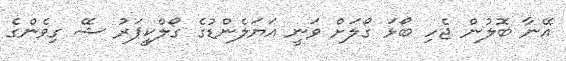
އޭނާ ބޮލުން ޖެހި ބޯޅަ ގޯލަށް ވަނީ އަޔަލެންޑުގެ ގޯލްކީޕަރު ޝޭ ގިވެންގެ